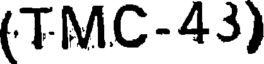
(TMC-43)